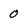
Character: 0